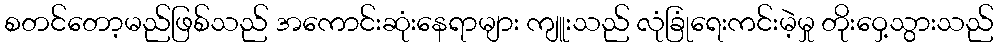
စတင်တော့မည်ဖြစ်သည် အကောင်းဆုံးနေရာများ ကျူးသည် လုံခြုံရေးကင်းမဲ့မှု တိုးဝှေ့သွားသည်